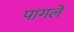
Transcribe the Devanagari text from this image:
पांगले